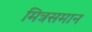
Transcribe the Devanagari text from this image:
मित्रसमान